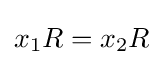
x_{1}R=x_{2}R